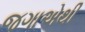
જગાએથી